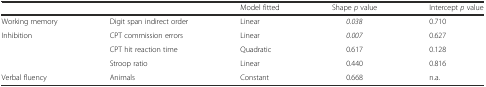
|  |  | Model fitted | Shape p value | Intercept p value |
 | --- | --- | --- | --- | --- |
 | Working memory | Digit span indirect order | Linear | 0.038 | 0.710 |
 | Inhibition | CPT commission errors | Linear | 0.007 | 0.627 |
 |  | CPT hit reaction time | Quadratic | 0.617 | 0.128 |
 |  | Stroop ratio | Linear | 0.440 | 0.816 |
 | Verbal fluency | Animals | Constant | 0.668 | n.a. |